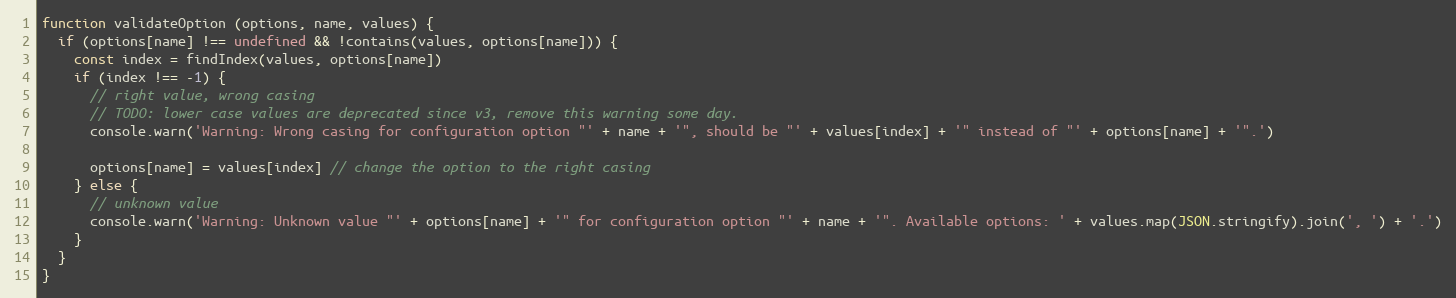
Language: JavaScript
function validateOption (options, name, values) {
  if (options[name] !== undefined && !contains(values, options[name])) {
    const index = findIndex(values, options[name])
    if (index !== -1) {
      // right value, wrong casing
      // TODO: lower case values are deprecated since v3, remove this warning some day.
      console.warn('Warning: Wrong casing for configuration option "' + name + '", should be "' + values[index] + '" instead of "' + options[name] + '".')

      options[name] = values[index] // change the option to the right casing
    } else {
      // unknown value
      console.warn('Warning: Unknown value "' + options[name] + '" for configuration option "' + name + '". Available options: ' + values.map(JSON.stringify).join(', ') + '.')
    }
  }
}